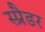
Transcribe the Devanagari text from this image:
स्प्रैडर